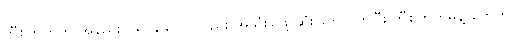
ဘီစကွတ်က အနည်းငယ် ချိုသော်လည်း အသုံးပြုဖို့ ဆုံးဖြတ်လိုက်ပြီး ဘီစကွတ်မုန့် တွေကို